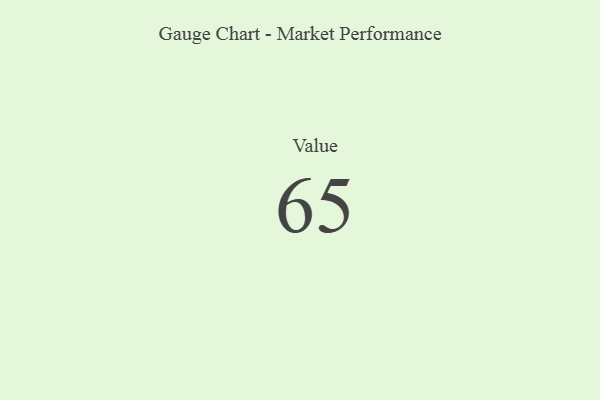
{"axis": {"x": "Metric", "y": "Value"}, "legend": [""], "data": [{"x": "Value", "y": 65, "type": ""}]}